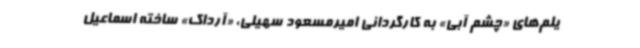
یلم‌های «چشم آبی» به کارگردانی امیرمسعود سهیلی، «آرداک» ساخته اسماعیل